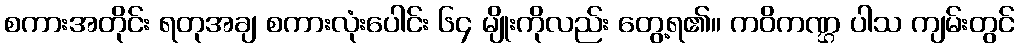
စကားအတိုင်း ရတုအချ စကားလုံးပေါင်း ၆၄ မျိုးကိုလည်း တွေ့ရ၏။ ကဝိကဏ္ဌ ပါသ ကျမ်းတွင်